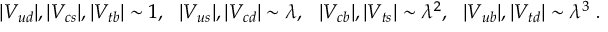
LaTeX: | V _ { u d } | , | V _ { c s } | , | V _ { t b } | \sim 1 , ~ ~ | V _ { u s } | , | V _ { c d } | \sim \lambda , ~ ~ | V _ { c b } | , | V _ { t s } | \sim \lambda ^ { 2 } , ~ ~ | V _ { u b } | , | V _ { t d } | \sim \lambda ^ { 3 } \ .